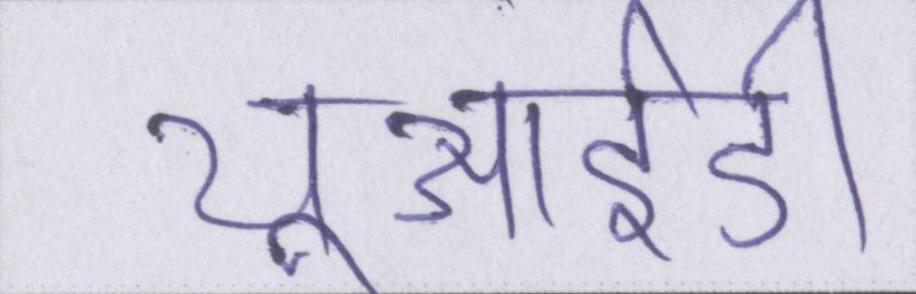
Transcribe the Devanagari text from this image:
यूआईडी